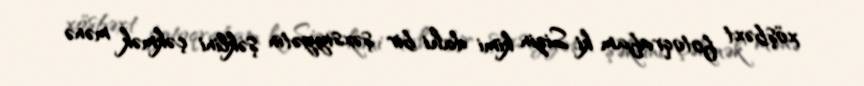
xöşbəxt fotoqrafam ki, Sizin kimi dahi bir şəxsiyyətin şəklini çəkmək mənə